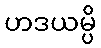
ဟဒယမ္ပိ